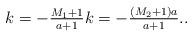
LaTeX: \begin{align*}k=-\tfrac{M_1+1}{a+1} k=-\tfrac{(M_2+1)a}{a+1}. .\end{align*}